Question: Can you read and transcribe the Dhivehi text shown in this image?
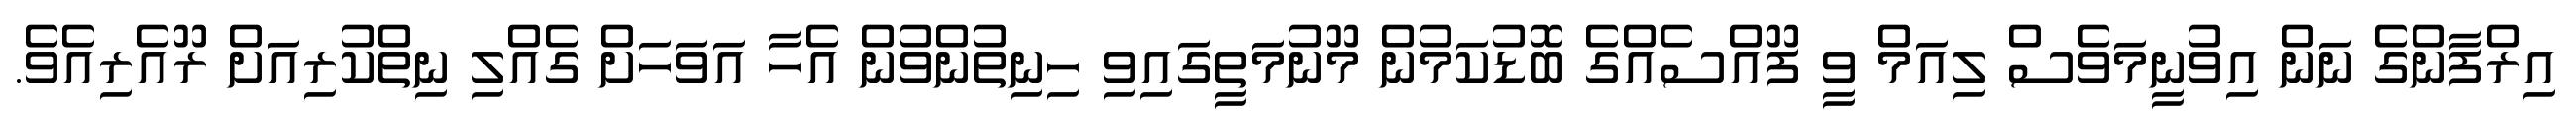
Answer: އިރްފާންގެ ނަން އިވުނީމަވެސް ލިއަމް ވީ ފޫއްސެއްގެ ބޮޑުކަމުން މޫނުމަތީގައިވި ހިނިތުންވުން އެހާ އަވަހަށް ގެއްލި ނިތްކުރިއަށް ރޫއެރިއެވެ.